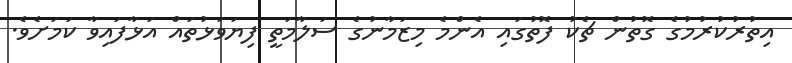
އިތުރުކުރުމުގެ ގޮތުން ޗެކު ފޮތުގައި އެންމެ މިޒަމާނުގެ ސަލާމަތީ ފިޔަވަޅުތައް އަޅާފައިވާ ކަމަށެވެ.